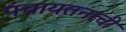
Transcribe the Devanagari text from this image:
पंचायतनाची